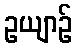
ဥယျာဉ်